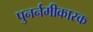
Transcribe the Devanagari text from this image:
पुनर्नमीकारक